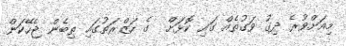
މިއަށްވުރެ ދިގު ވަގުތެއް ގައި ކޮޅަށް  ގެ ހަޒްރަތުގައި ތިބެން ޖެހޭކަން